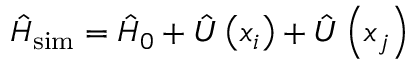
\hat { H } _ { \mathrm { s i m } } = \hat { H } _ { 0 } + \hat { U } \left( x _ { i } \right) + \hat { U } \left( x _ { j } \right)